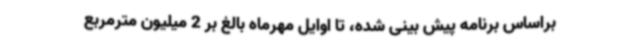
براساس برنامه پیش بینی شده، تا اوایل مهرماه بالغ بر 2 میلیون مترمربع